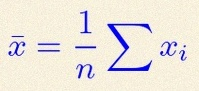
\bar{x}=\frac1n\sum x_i